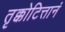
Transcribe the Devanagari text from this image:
तृक्कोटित्तानं